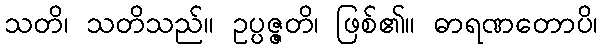
သတိ၊ သတိသည်။ ဥပ္ပဇ္ဇတိ၊ ဖြစ်၏။ ဓာရဏတောပိ၊